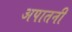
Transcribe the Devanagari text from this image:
अपातनी